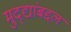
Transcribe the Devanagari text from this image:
मुद्द्यांबद्दल